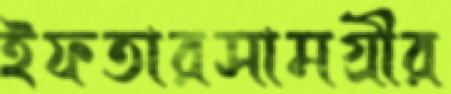
ইফতারসামগ্রীর